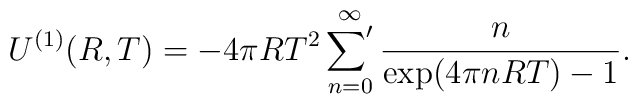
U^{(1)}(R,T)=-4\pi R T^2\mathop{{\sum}'}\limits_{n=0}^{\infty}\frac{n}{\exp(4\pi n R T)-1}.